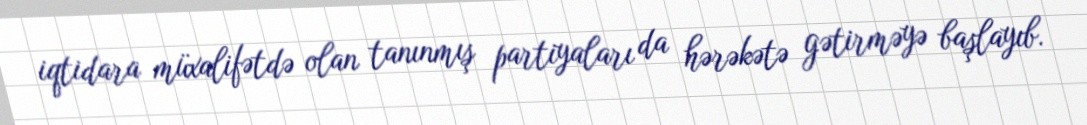
iqtidara müxalifətdə olan tanınmış partiyaları da hərəkətə gətirməyə başlayıb.